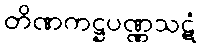
တိဏကဋ္ဌပဏ္ဏသဋံ